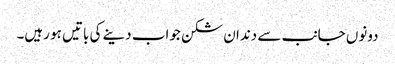
دونوں جانب سے دندان شکن جواب دینے کی باتیں ہو رہیں۔